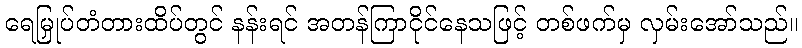
ရေမြှုပ်တံတားထိပ်တွင် နန်းရင် အတန်ကြာငိုင်နေသဖြင့် တစ်ဖက်မှ လှမ်းအော်သည်။